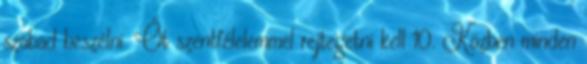
szabad beszélni. Őt szentfélelemmel rejtegetni kell 10. Közben minden